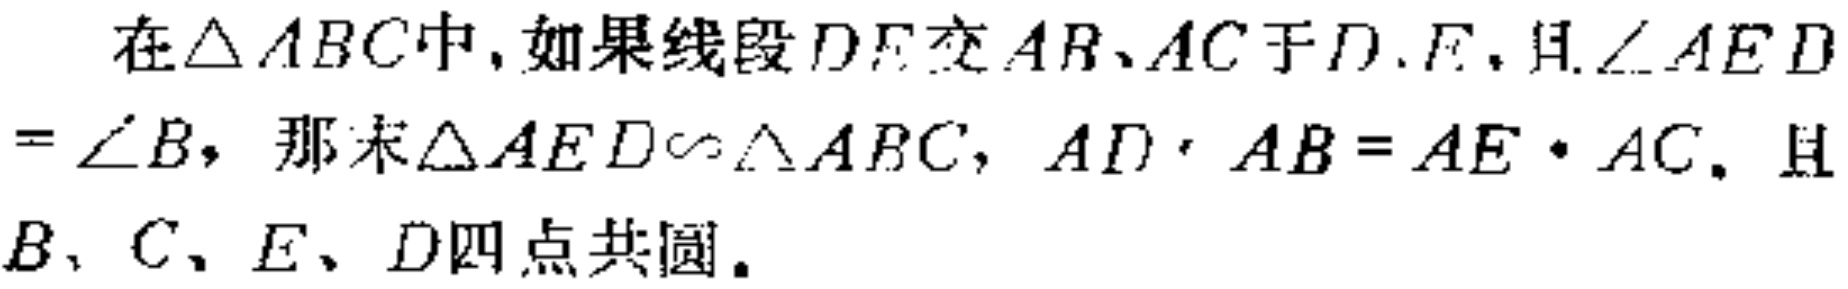
在\(\triangle ABC\)中，如果线段\(DE\)交\(AB、AC\)于\(D、E\)，且\(\angle AED = \angle B\)，那么\(\triangle AED\sim\triangle ABC\)，\(AD\cdot AB = AE\cdot AC\)，且\(B、C、E、D\)四点共圆。